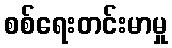
စစ်ရေးတင်းမာမှု